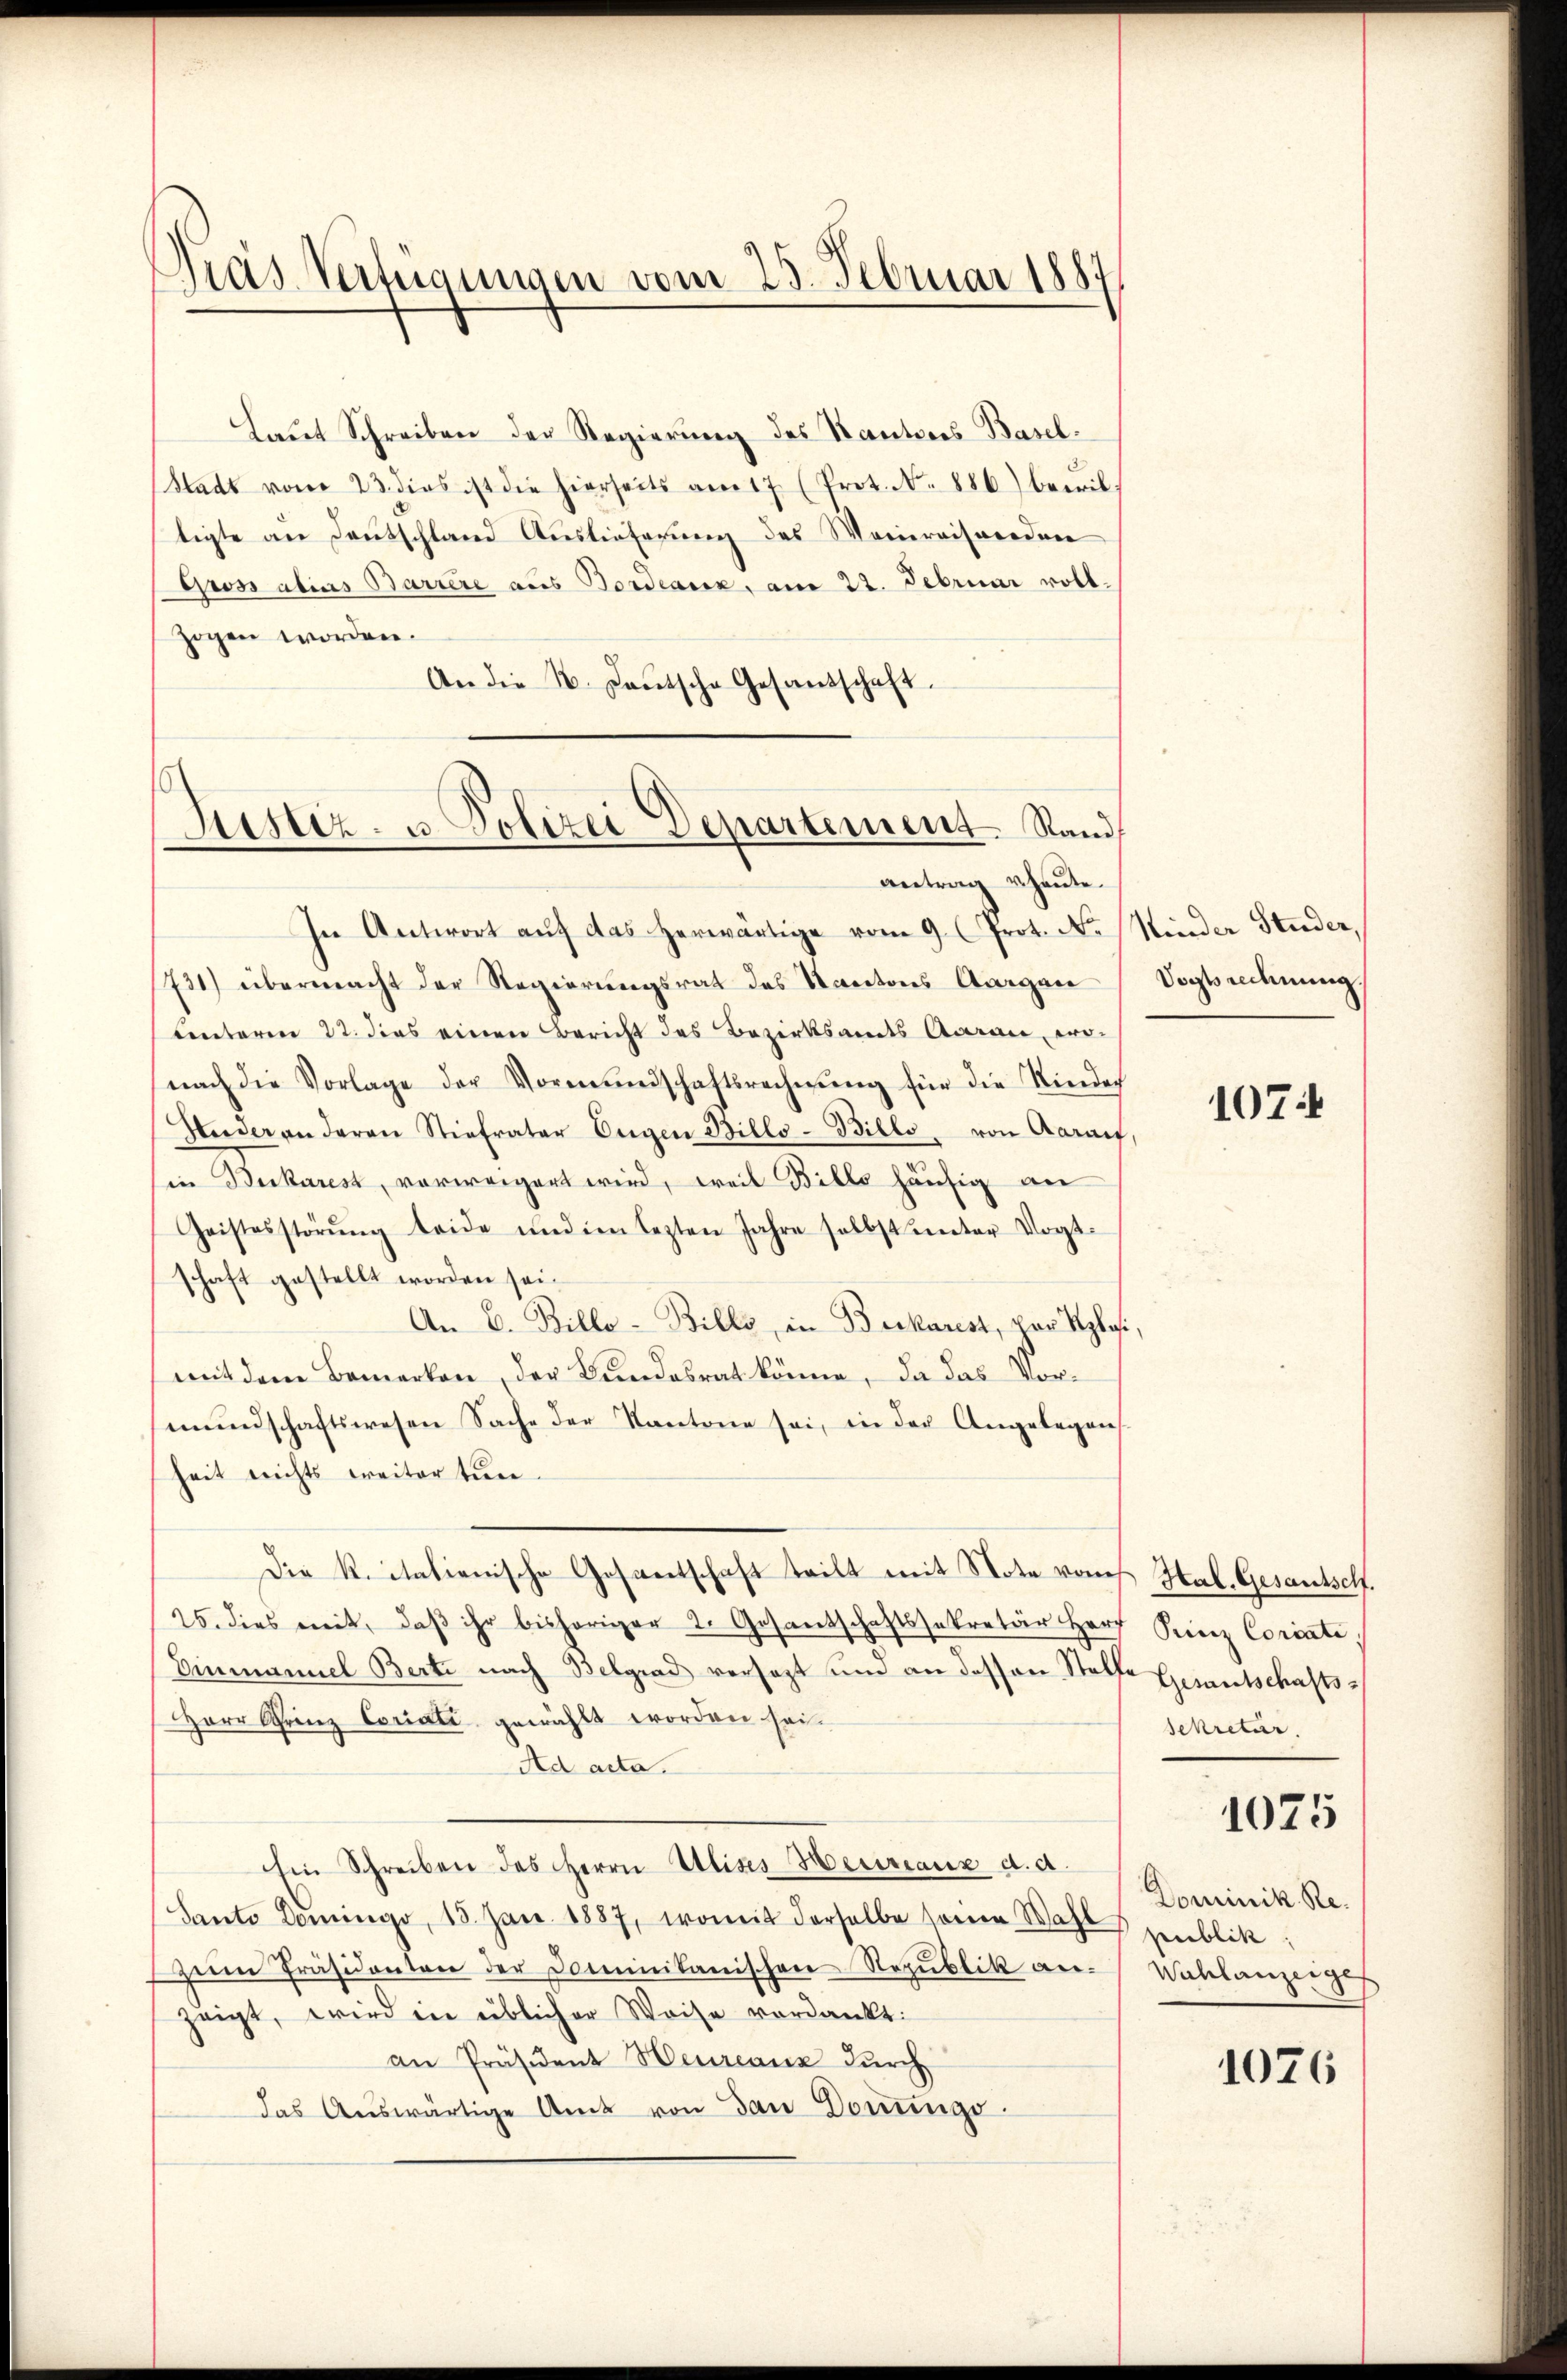
Pras Verteigungen vom 25. Februar 1887

Laŭt Schreiben der Regierung des Kantons Basel¬
Stadt vom 23. dies ist die hierseits am 17 (Prot. N. 886) bewil-
tigte an Deutschland Auslieferung des Weinreisenden
Gross alias Barrere aus Bordeaux, am 22. Februar vott.
zogen worden.
An die 1. Deutsche Gesandschaft.

Justiz- u. Polizei Departement Stand
antrag heute.

In Antwort auf das herwärtige vom 9. (Prot. N. Minder Studer,
731) übermacht der Regierungsrat des Kantons Aargau
Lnteren 22. dies einen Bericht des Bezirksandes Aarau, wo-
nach die Vorlage der Vormŭndschaftsrechnŭng für die Rindach
Underen daran Stiefvater Eugen Billo-Billo, von Aarauf,
in Beikarest, vorweigert wird, weil Billo häufig an
Geistesstörŭng beide und im lezten Jahre selbst unter Vogt-
schaft gestellt worden sei.
An 6. Billo-Billi, in Beckarest, par Rploi,
mit dem Bemerken, der Bundesrat könne, da das Vormŭndschaftswesen Sache der Kantone sei, in der Angelegens
heit nichts weiter tun.
Die R. italienische Gesantschaft teilt mit Note vom Hal. Gesantsch.
25. dies mit, daβ ihr bisheriger 2. Gesantschaftssekretär Herr Prinz Coriati,
Einmannel Berti nach Belgrad versagt ŭm an dessen Stelfe Gesantschafts-
HHerr Grenz Coriali gewählt worden sei.
Ad acta.
hin Schreiben des Herrn Ulises Meuriaux d. d.
Santo Domingo, 18. Jan. 1887, womit derselbe seine Wahl genblik
zum Präsidenten der Dominikanischen Republik an. Wahlanzeiges
zeigt, wird in üblicher Weise verdankt.
an Präsident Heureaux durch
das Auswärtige Amt von dan Donngo.

Vogtsrechnung.

1074

sekretär.
1075
Dominik. Re

1026